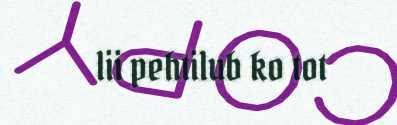
lii pehtilub ko tot